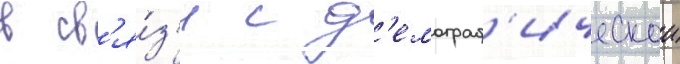
в св'я́з'и с д'емограф'ическои